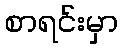
စာရင်းမှာ